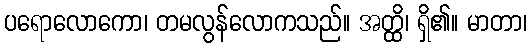
ပရောလောကော၊ တမလွန်လောကသည်။ အတ္ထိ၊ ရှိ၏။ မာတာ၊